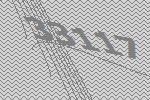
33117